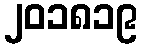
၂၀၁၈၁၉